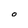
Character: O